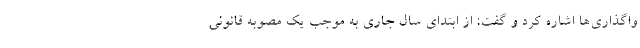
واگذاری‌ها اشاره کرد و گفت: از ابتدای سال جاری به موجب یک مصوبه قانونی